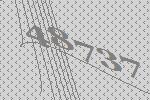
48737